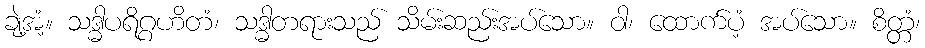
ချဲ့အံ့။ သဒ္ဓါပရိဂ္ဂဟိတံ၊ သဒ္ဓါတရားသည် သိမ်းဆည်းအပ်သော။ ဝါ၊ ထောက်ပံ့ အပ်သော။ စိတ္တံ၊